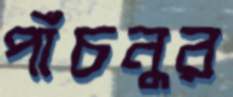
পাঁচনুর